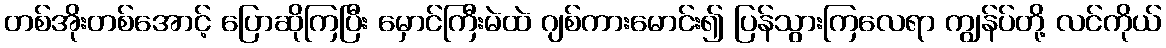
တစ်အိုးတစ်အောင့် ပြောဆိုကြပြီး မှောင်ကြီးမဲထဲ ဂျစ်ကားမောင်း၍ ပြန်သွားကြလေရာ ကျွန်ပ်တို့ လင်ကိုယ်